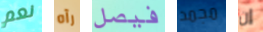
نعم رآه فيصل مجمد إن